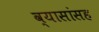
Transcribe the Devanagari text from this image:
व्यासांसह